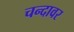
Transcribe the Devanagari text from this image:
चन्दावर